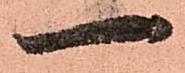
一